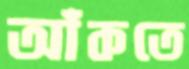
আঁকতে